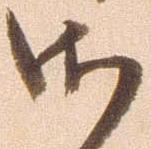
御